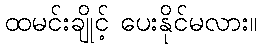
ထမင်းချိုင့် ပေးနိုင်မလား။